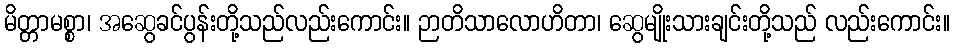
မိတ္တာမစ္စာ၊ အဆွေခင်ပွန်းတို့သည်လည်းကောင်း။ ဉာတိသာလောဟိတာ၊ ဆွေမျိုးသားချင်းတို့သည် လည်းကောင်း။